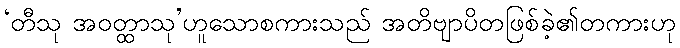
‘တီသု အဝတ္ထာသု’ဟူသောစကားသည် အတိဗျာပိတဖြစ်ခဲ့၏တကားဟု